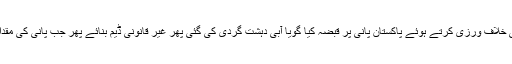
اسی بھارت نے پہلے سندھ طاس معاہدے کی خلاف ورزی کرتے ہوئے پاکستان پانی پر قبضہ کیا گویا آبی دہشت گردی کی گئی پھر غیر قانونی ڈیم بنائے پھر جب پانی کی مقدار بڑھ گئی تو اب بغیر بتائے پانی چھوڑ دیا۔